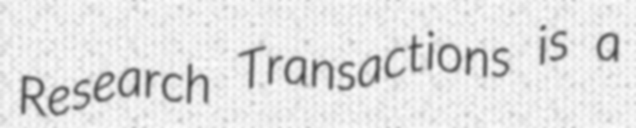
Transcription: Research Transactions is a